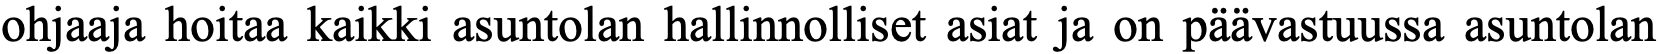
ohjaaja hoitaa kaikki asuntolan hallinnolliset asiat ja on päävastuussa asuntolan